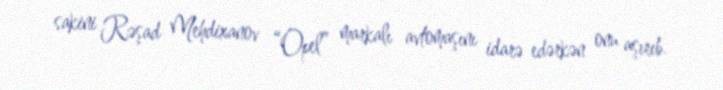
sakini Rəşad Mehdixanov “Opel” markalı avtomaşını idarə edərkən onu aşırıb.